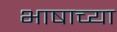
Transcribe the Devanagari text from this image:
भाषाच्या